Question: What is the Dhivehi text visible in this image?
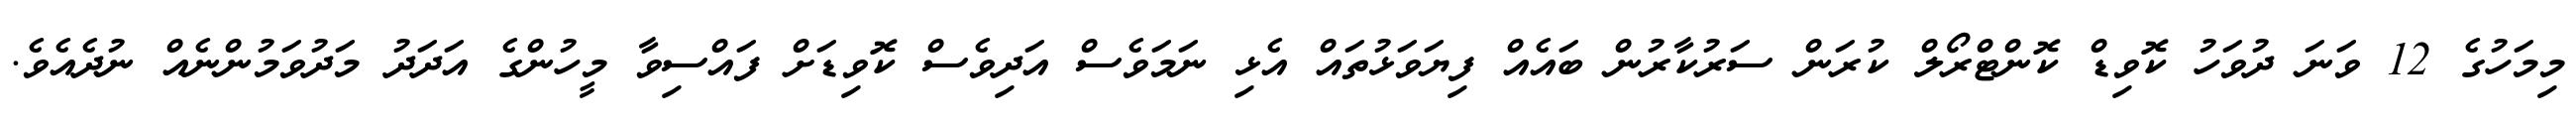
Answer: މިމަހުގެ 12 ވަނަ ދުވަހު ކޮވިޑް ކޮންޓްރޯލް ކުރަން ސަރުކާރުން ބައެއް ފިޔަވަޅުތައް އެޅި ނަމަވެސް އަދިވެސް ކޮވިޑަށް ފައްސިވާ މީހުންގެ އަދަދު މަދުވަމުންނެއް ނުދެއެވެ.